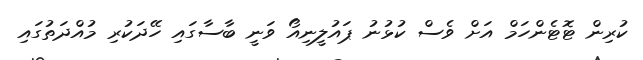
ކުރިން ޓޮޓެންހަމް އަށް ވެސް ކުޅުނު ޕައުލީނިއޯ ވަނީ ބާސާގައި ހޭދަކުރި މުއްދަތުގައި